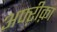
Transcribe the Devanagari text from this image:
अफ्ऱीक़ा